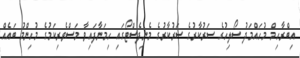
އިބްރާހިމް މުހައްމަދު ސޯލިހުގެ ސަރުކާރުގެ ސަރުކާރުގެ މެނިފެސްޓޯގައި ހިމަނާފައިވާ މަސްވެރިކަމުގެ މުހިންމު ބައެއް